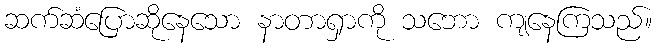
ဆက်ဆံပြောဆိုနေသော နာတာရှာကို သဘော ကျနေကြသည်။